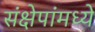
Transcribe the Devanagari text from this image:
संक्षेपांमध्ये